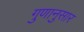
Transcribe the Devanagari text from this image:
गुणानुसार